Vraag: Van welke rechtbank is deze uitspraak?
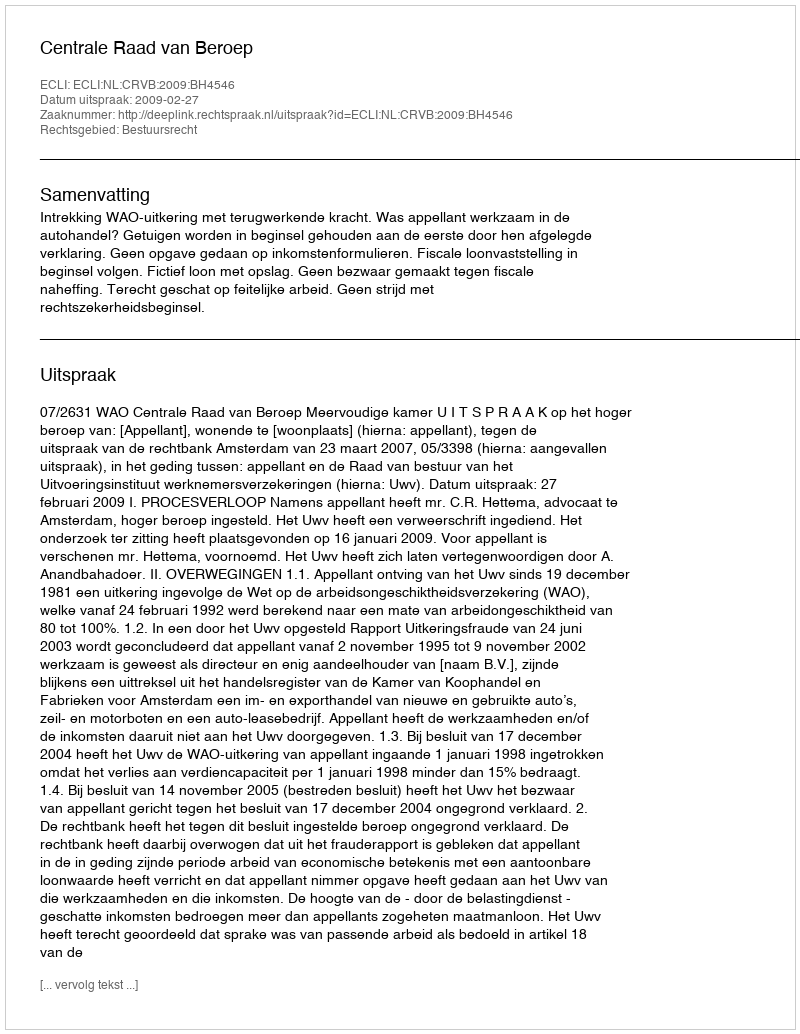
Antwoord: Centrale Raad van Beroep